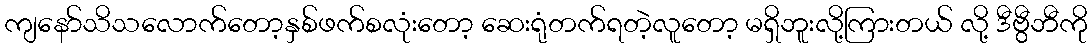
ကျနော်သိသလောက်တော့နှစ်ဖက်စလုံးတော့ ဆေးရုံတက်ရတဲ့လူတော့ မရှိဘူးလို့ကြားတယ် လို့ ဒီဗွီဘီကို